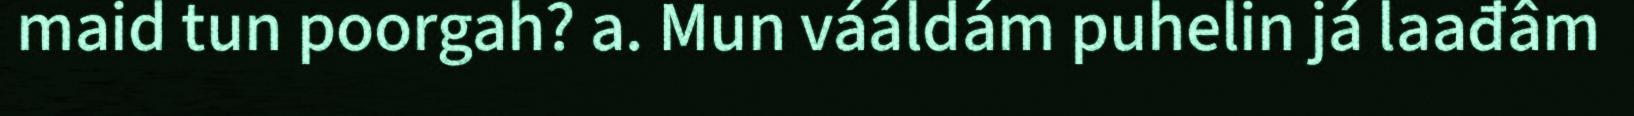
maid tun poorgah? a. Mun vááldám puhelin já laađâm